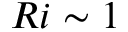
R i \sim 1